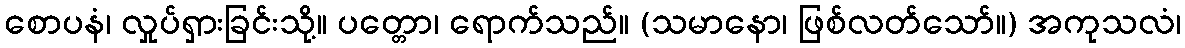
စောပနံ၊ လှုပ်ရှားခြင်းသို့။ ပတ္တော၊ ရောက်သည်။ (သမာနော၊ ဖြစ်လတ်သော်။) အကုသလံ၊